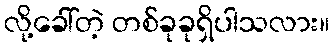
လို့ခေါ်တဲ့ တစ်ခုခုရှိပါသလား။